Annual report on the mental hospital in the Central Provinces and Berar (Nagpur) - 1927-1951
Year: 1927
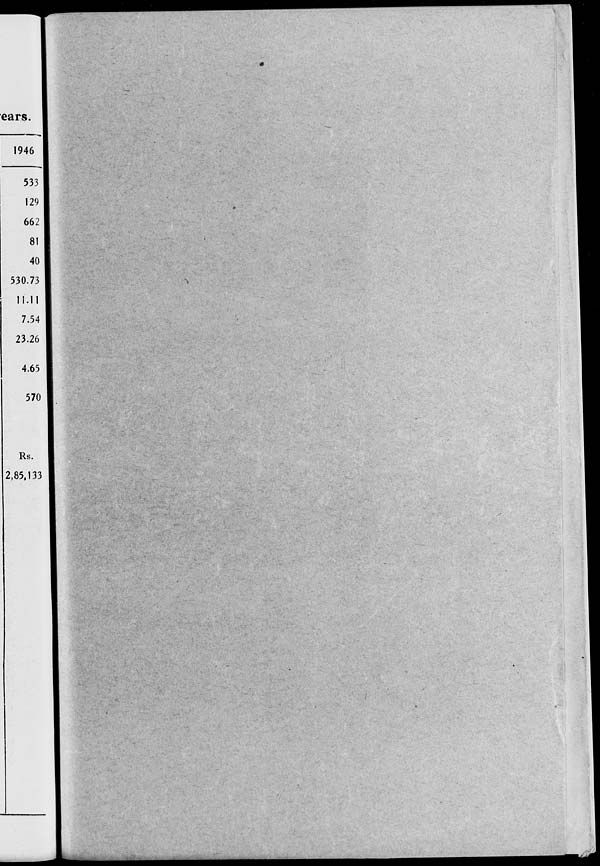
ears.
1946
533
129
662
81
40
530.73
11.11
7.54
23.26
4.65
570
Rs.
2,85,133